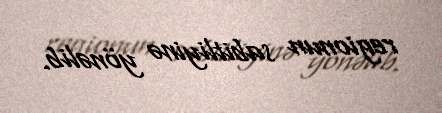
regionun sabitliyinə yönəlib.